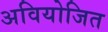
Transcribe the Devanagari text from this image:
अवियोजित